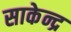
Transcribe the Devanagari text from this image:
साकेन्द्र